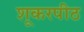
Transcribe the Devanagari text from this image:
शूकरपीठ